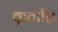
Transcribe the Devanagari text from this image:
कृताग्नि